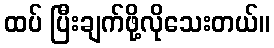
ထပ် ပြီးချက်ဖို့လိုသေးတယ်။